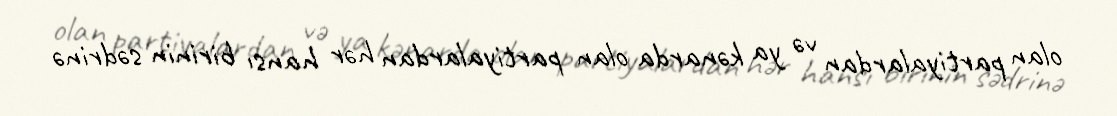
olan partiyalardan və ya kənarda olan partiyalardan hər hansı birinin sədrinə